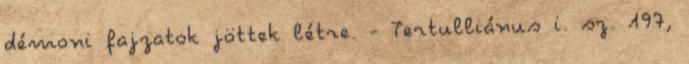
démoni fajzatok jöttek létre. - Tertulliánus i. sz. 197,